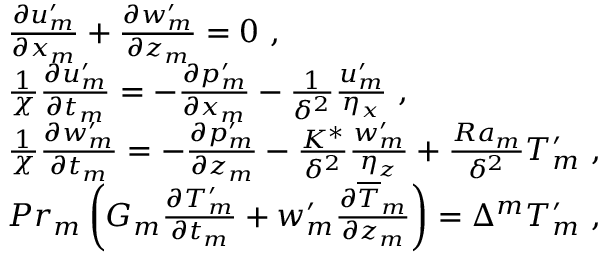
\begin{array} { r l } & { \frac { \partial { u } _ { m } ^ { \prime } } { \partial x _ { m } } + \frac { \partial { w } _ { m } ^ { \prime } } { \partial z _ { m } } = 0 ~ , } \\ & { \frac { 1 } { \chi } \frac { \partial { u } _ { m } ^ { \prime } } { \partial t _ { m } } = - \frac { \partial { p } _ { m } ^ { \prime } } { \partial x _ { m } } - \frac { 1 } { \delta ^ { 2 } } \frac { { u } _ { m } ^ { \prime } } { \eta _ { x } } ~ , } \\ & { \frac { 1 } { \chi } \frac { \partial { w } _ { m } ^ { \prime } } { \partial t _ { m } } = - \frac { \partial { p } _ { m } ^ { \prime } } { \partial z _ { m } } - \frac { K ^ { * } } { \delta ^ { 2 } } \frac { { w } _ { m } ^ { \prime } } { \eta _ { z } } + \frac { R a _ { m } } { \delta ^ { 2 } } { T } _ { m } ^ { \prime } ~ , } \\ & { P r _ { m } \left( G _ { m } \frac { \partial { T } _ { m } ^ { \prime } } { \partial t _ { m } } + { w } _ { m } ^ { \prime } \frac { \partial \overline { { T } } _ { m } } { \partial z _ { m } } \right) = \Delta ^ { m } { T } _ { m } ^ { \prime } ~ , } \end{array}